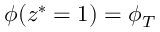
\phi ( z ^ { * } = 1 ) = \phi _ { T }